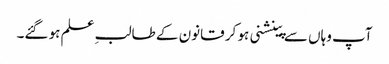
آپ وہاں سے پینشنی ہو کر قانون کے طالبِ علم ہو گئے۔